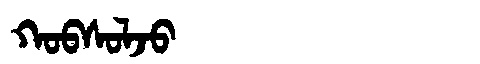
Manchu: ᡴᠣᠪᠰᠣᠯᠵᠣ
Romanization: KOBSOLJO